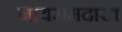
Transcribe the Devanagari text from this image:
नायरामदाख